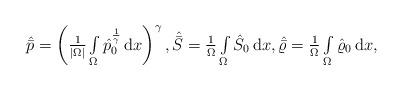
LaTeX: \begin{align*}\begin{array}{ll}\hat{\bar{p}}= \left( \frac{1}{|\Omega|}\int\limits_{\Omega} \hat{p}_0^{\frac{1}{\gamma}}\,\mathrm{d}x \right)^{\gamma},\hat{\bar{S}} = \frac{1}{\Omega}\int\limits_{\Omega} \hat{S}_0 \,\mathrm{d}x, \hat{\bar{\varrho}} = \frac{1}{\Omega}\int\limits_{\Omega} \hat{\varrho}_0 \,\mathrm{d}x,\end{array}\end{align*}